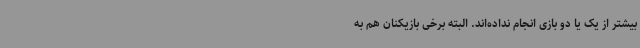
بیشتر از یک یا دو بازی انجام نداده‌اند. البته برخی بازیکنان هم به